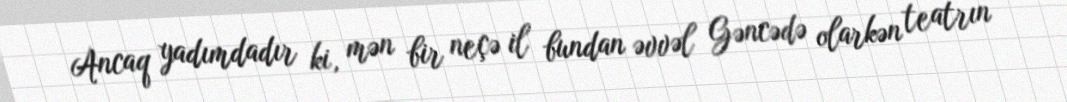
Ancaq yadımdadır ki, mən bir neçə il bundan əvvəl Gəncədə olarkən teatrın